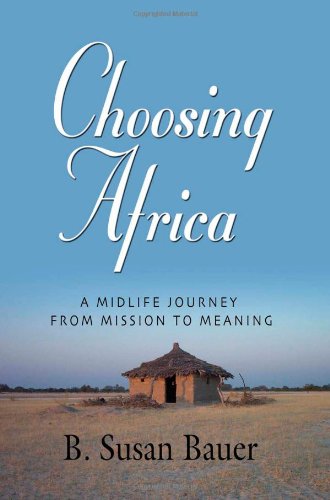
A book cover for CHOOSING AFRICA: A Midlife Journey from Mission to Meaning; B. Susan Bauer; Travel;